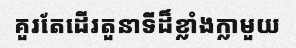
គួរតែដើរតួនាទីដ៏ខ្លាំងក្លាមួយ